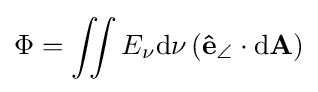
\Phi =\iint E_{\nu }\mathrm {d} \nu \left(\mathbf {\hat {e}} _{\angle }\cdot \mathrm {d} \mathbf {A} \right)